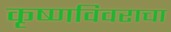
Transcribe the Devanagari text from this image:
कृष्णविवराचा